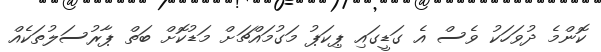
ކޮންމެ ދުވަހަކު ވެސް އެ ގަޑީގައި ޕިކަޕު މަގުމައްޗަށް މަޑުކޮށް ބަތް ޕާރުސަލުތަކެއް